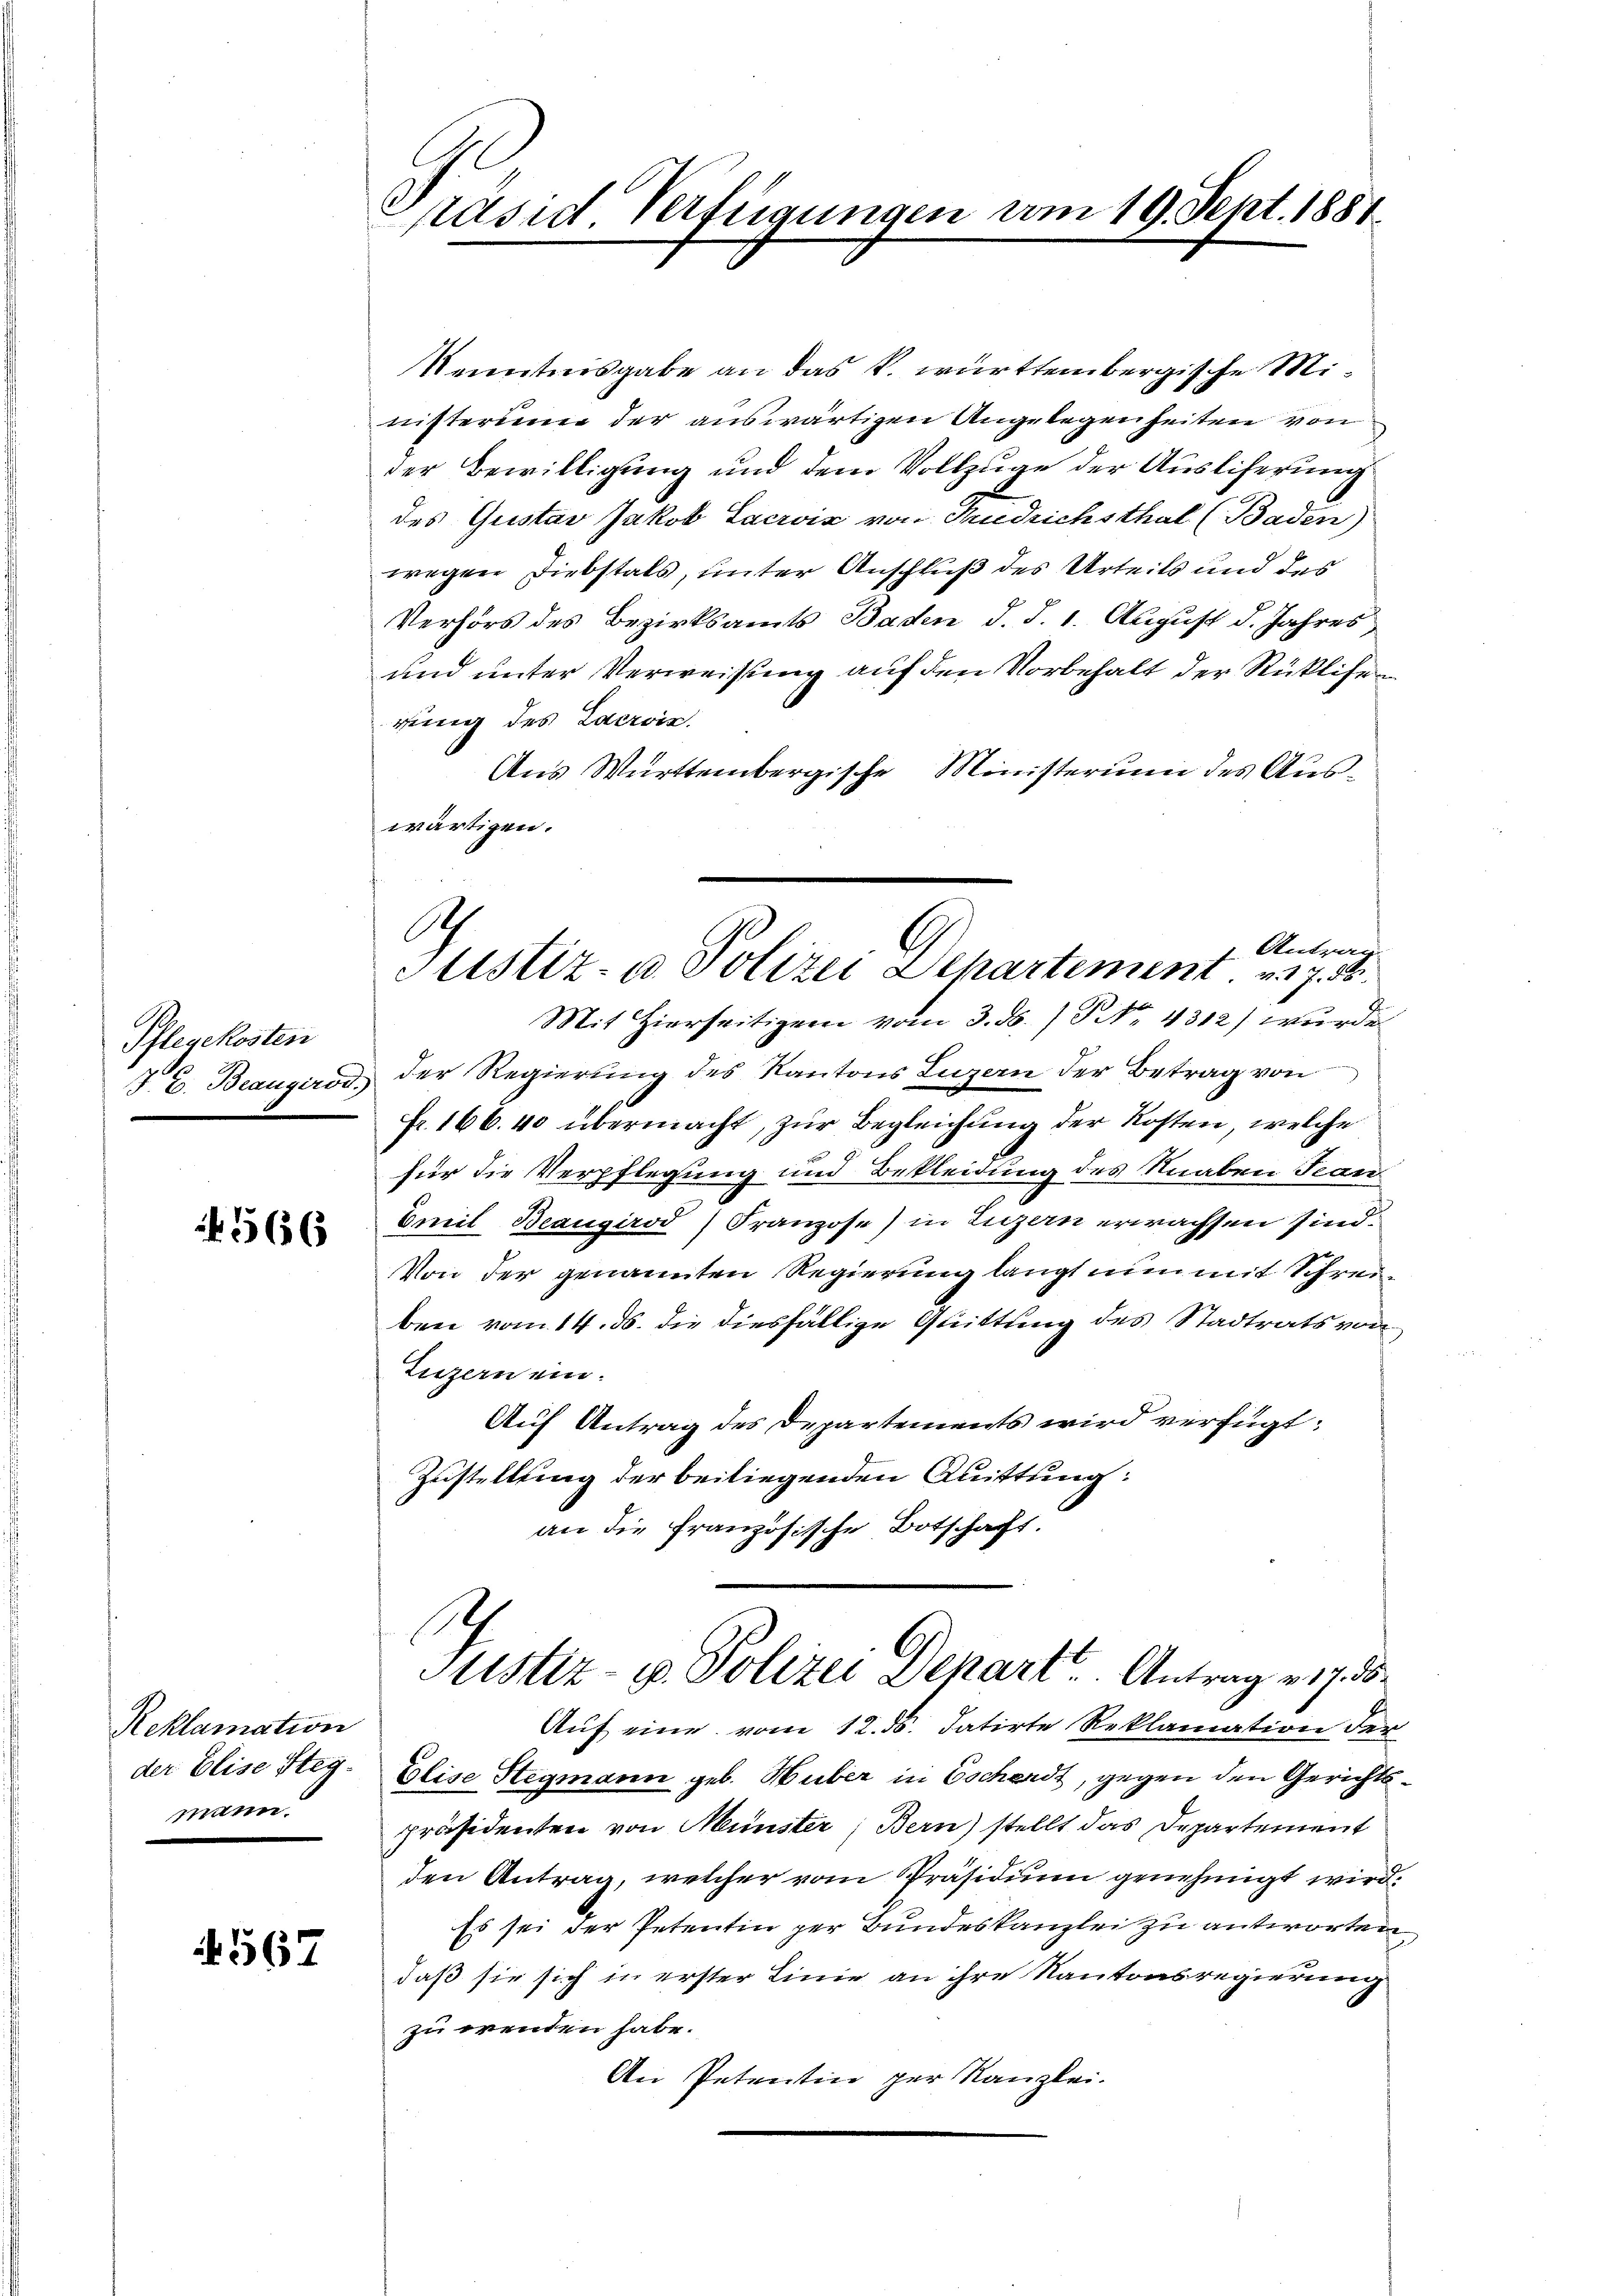
Pflegekosten

566

Reklamation
der Elise Stegmann.

4567

Präsid Verfügungen am 19. Sept. 1881

A
Antrag
Justiz- u. Polizei Departement. 17. 2

Kenntnisgabe an das k. württembergische Ministerienne der auswärtigen Angelegenheiten von
der Bewilligung und dem Vollzuge der Ausliferung
des Gustav Jakob Lacroix von Tudrichsthal (Baden)
wegen Diebstals, unter Anschluß des Urteils und des
Verhörs des Bezirksamts Baden d. d. 1. August d. Jahres
und unter Verweisung auf den Vorbehalt der Rüklifer
rung des Lacroin.
Aus Württembergische Ministerium des Auswärtigen.
Mit Hierseitigen vom 3. ds. / NNo. 4312) wurde
T. E. Beangirod der Regierŭng des Kantons Luzern der Betrag von
fr. 166. 40 übermacht, zur Begleichung der Kosten, welche
für die Verpflegung und Bekleidung des Knaben Jean
Emil Beaugirod) Franzose) in Luzern erwachsen sind.
Von der genannten Regierung langt nun mit Schreiben vom 14. ds. die diesfällige Quittung des Stadtrats von
Luzern ein.
Auf Antrag des Departements wird verfügt:
Zustellung der beiliegenden Mittung:
an die französische Botschaft.
Sistiz- u. Polizei Depart Antrag 217. ds.
Aŭf eine vom 12. ds. datirte Reklamation der
Elise Stegmann geb. Huber in Escherdt, gegen den Gerichts
präsidenten von Münster, Bern) stellt das Departement
den Antrag, welcher vom Präsidium genehmigt wird.
Es sei der Petentin per Bundeskanzlei zu antworten.
daß sie sich in erster Linie an ihre Kantonsregierung
zu wenden habe.
An Petentin per Kanzlei.